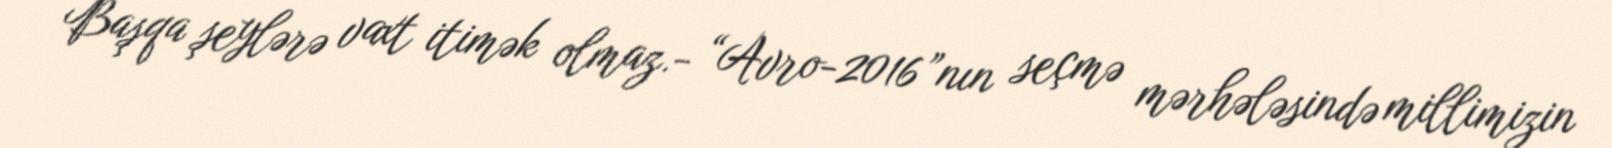
Başqa şeylərə vaxt itimək olmaz.- “Avro-2016”nın seçmə mərhələsində millimizin